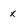
Character: x